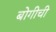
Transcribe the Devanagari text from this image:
बोगीची